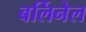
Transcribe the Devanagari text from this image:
बर्लिनेल